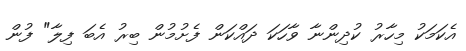
އެކަމަކު މިހާރު ކުދިންނާ ވާހަކަ ދައްކަން ފެށުމުން ބިރު އެބަ ފިލާ" ފުން